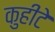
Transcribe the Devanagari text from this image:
कुहीटे